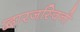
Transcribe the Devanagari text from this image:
द्वारजस्विनी